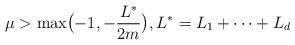
LaTeX: \begin{align*}\mu >\max \bigl(-1,-{\frac{L^*}{2m}}\bigr),L^*=L_1+\dots +L_d\end{align*}